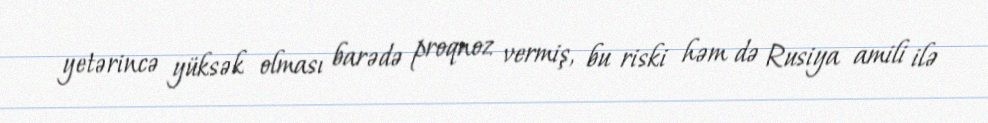
yetərincə yüksək olması barədə proqnoz vermiş, bu riski həm də Rusiya amili ilə